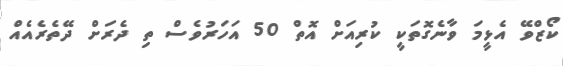
ކޯޒްވޭ އެޅީމަ ވާނެގޮތަކީ ކުރިއަށް އޮތް 50 އަހަރުވެސް ތި ދެރަށް ދޭތެރެއެއް